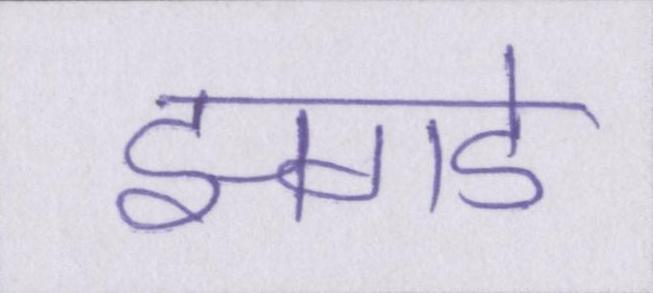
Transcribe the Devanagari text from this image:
झगडे